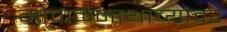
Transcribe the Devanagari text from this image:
गोपाळनाथांच्यावर